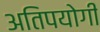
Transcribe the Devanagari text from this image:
अतिपयोगी